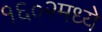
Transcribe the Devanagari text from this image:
१६०२मध्ये